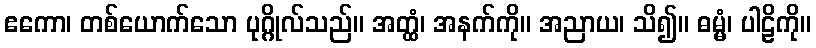
ဧကော၊ တစ်ယောက်သော ပုဂ္ဂိုလ်သည်။ အတ္ထံ၊ အနက်ကို။ အညာယ၊ သိ၍။ ဓမ္မံ၊ ပါဠိကို။